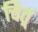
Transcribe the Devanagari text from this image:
चित्र्